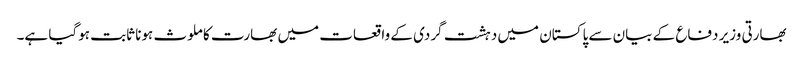
بھارتی وزیر دفاع کے بیان سے پاکستان میں دہشت گردی کے واقعات میں بھارت کا ملوث ہونا ثابت ہوگیا ہے۔